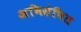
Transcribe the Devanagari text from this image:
अभिसंचित